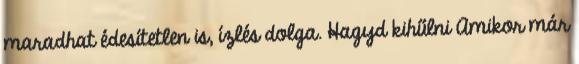
maradhat édesítetlen is, ízlés dolga. Hagyd kihűlni Amikor már